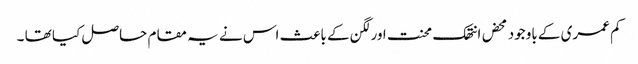
کم عمری کے باوجود محض انتھک محنت اورلگن کے باعث اس نے یہ مقام حاصل کیا تھا ۔